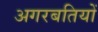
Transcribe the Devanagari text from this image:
अगरबतियों